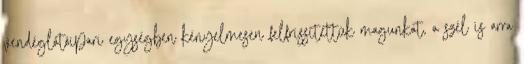
vendéglátóipari egységben kényelmesen felfrissítettük magunkat, a szél is arra